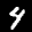
Label: 4